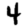
Digit: 4